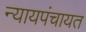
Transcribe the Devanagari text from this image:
न्यायपंचायत